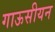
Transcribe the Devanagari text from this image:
गाऊसीयन